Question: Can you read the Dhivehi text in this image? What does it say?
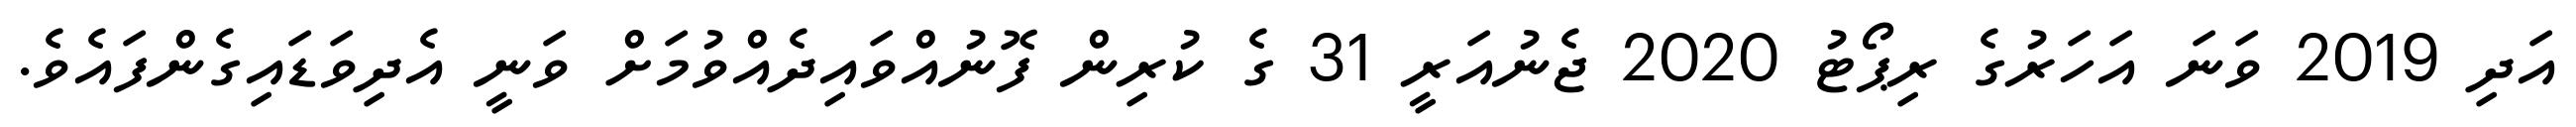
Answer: އަދި 2019 ވަނަ އަހަރުގެ ރިޕޯޓު 2020 ޖެނުއަރީ 31 ގެ ކުރިން ފޮނުއްވައިދެއްވުމަށް ވަނީ އެދިވަޑައިގެންފައެވެ.